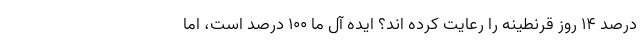
درصد ۱۴ روز قرنطینه را رعایت کرده اند؟ ایده آل ما ۱۰۰ درصد است، اما